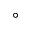
^ \circ